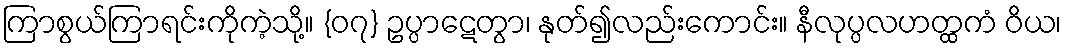
ကြာစွယ်ကြာရင်းကိုကဲ့သို့။ {၀၇} ဥပ္ပာဋေတွာ၊ နုတ်၍လည်းကောင်း။ နီလုပ္ပလဟတ္ထကံ ဝိယ၊